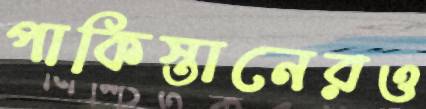
পাকিস্তানেরও